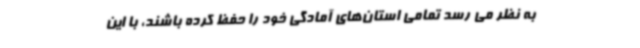
به نظر می رسد تمامی استان‌های آمادگی خود را حفظ کرده باشند، با این